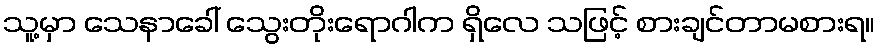
သူ့မှာ သေနာခေါ် သွေးတိုးရောဂါက ရှိလေ သဖြင့် စားချင်တာမစားရ။